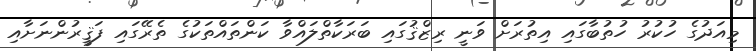
މިއަދުގެ ހުކުރު ހުތުބާގައި އިތުރަށް ވަނީ ރިޒްޤުގައި ބަރަކާތްލައްވާ ކަންތައްތަކުގެ ތެރޭގައި ފަޤީރުންނަށާއި